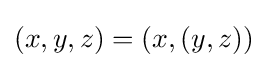
(x,y,z)=(x,(y,z))